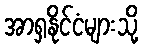
အာရှနိုင်ငံများသို့